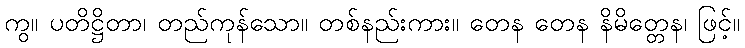
ကွ။ ပတိဋ္ဌိတာ၊ တည်ကုန်သော။ တစ်နည်းကား။ တေန တေန နိမိတ္တေန၊ ဖြင့်။